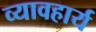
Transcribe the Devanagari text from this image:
व्यावहार्य